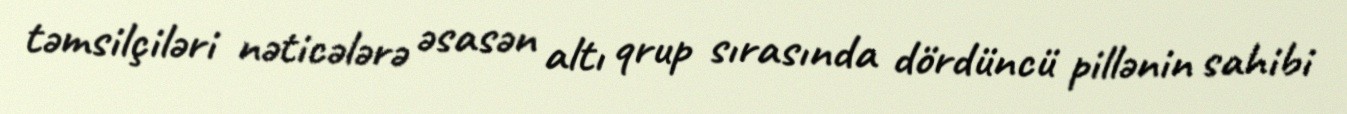
təmsilçiləri nəticələrə əsasən altı qrup sırasında dördüncü pillənin sahibi